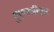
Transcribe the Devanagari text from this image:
युएसजीएस